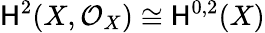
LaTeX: \mathsf{H}^{2}(X,{\mathcal{{O}}}_{X})\cong\mathsf{H}^{0,2}(X)